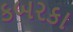
કબરકા